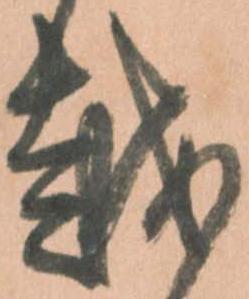
越